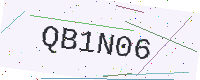
Text: QB1N06